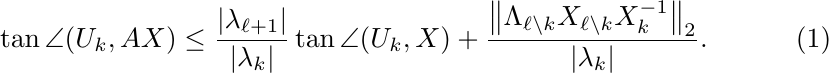
\begin{equation}
\label{eq:rate}
\tan\angle(U_k,AX)
\leq\frac{\lvert\lambda_{\ell+1}\rvert}{\lvert\lambda_k\rvert}
\tan\angle(U_k,X)
+\frac{\bigl\lVert\Lambda_{\ell\backslash k}X_{\ell\backslash k}
X_k^{-1}\bigr\rVert_2}{\lvert\lambda_k\rvert}.
\end{equation}